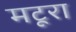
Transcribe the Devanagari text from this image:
मटूरा